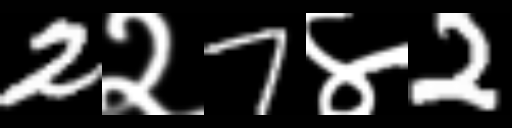
Text: 2२7४2